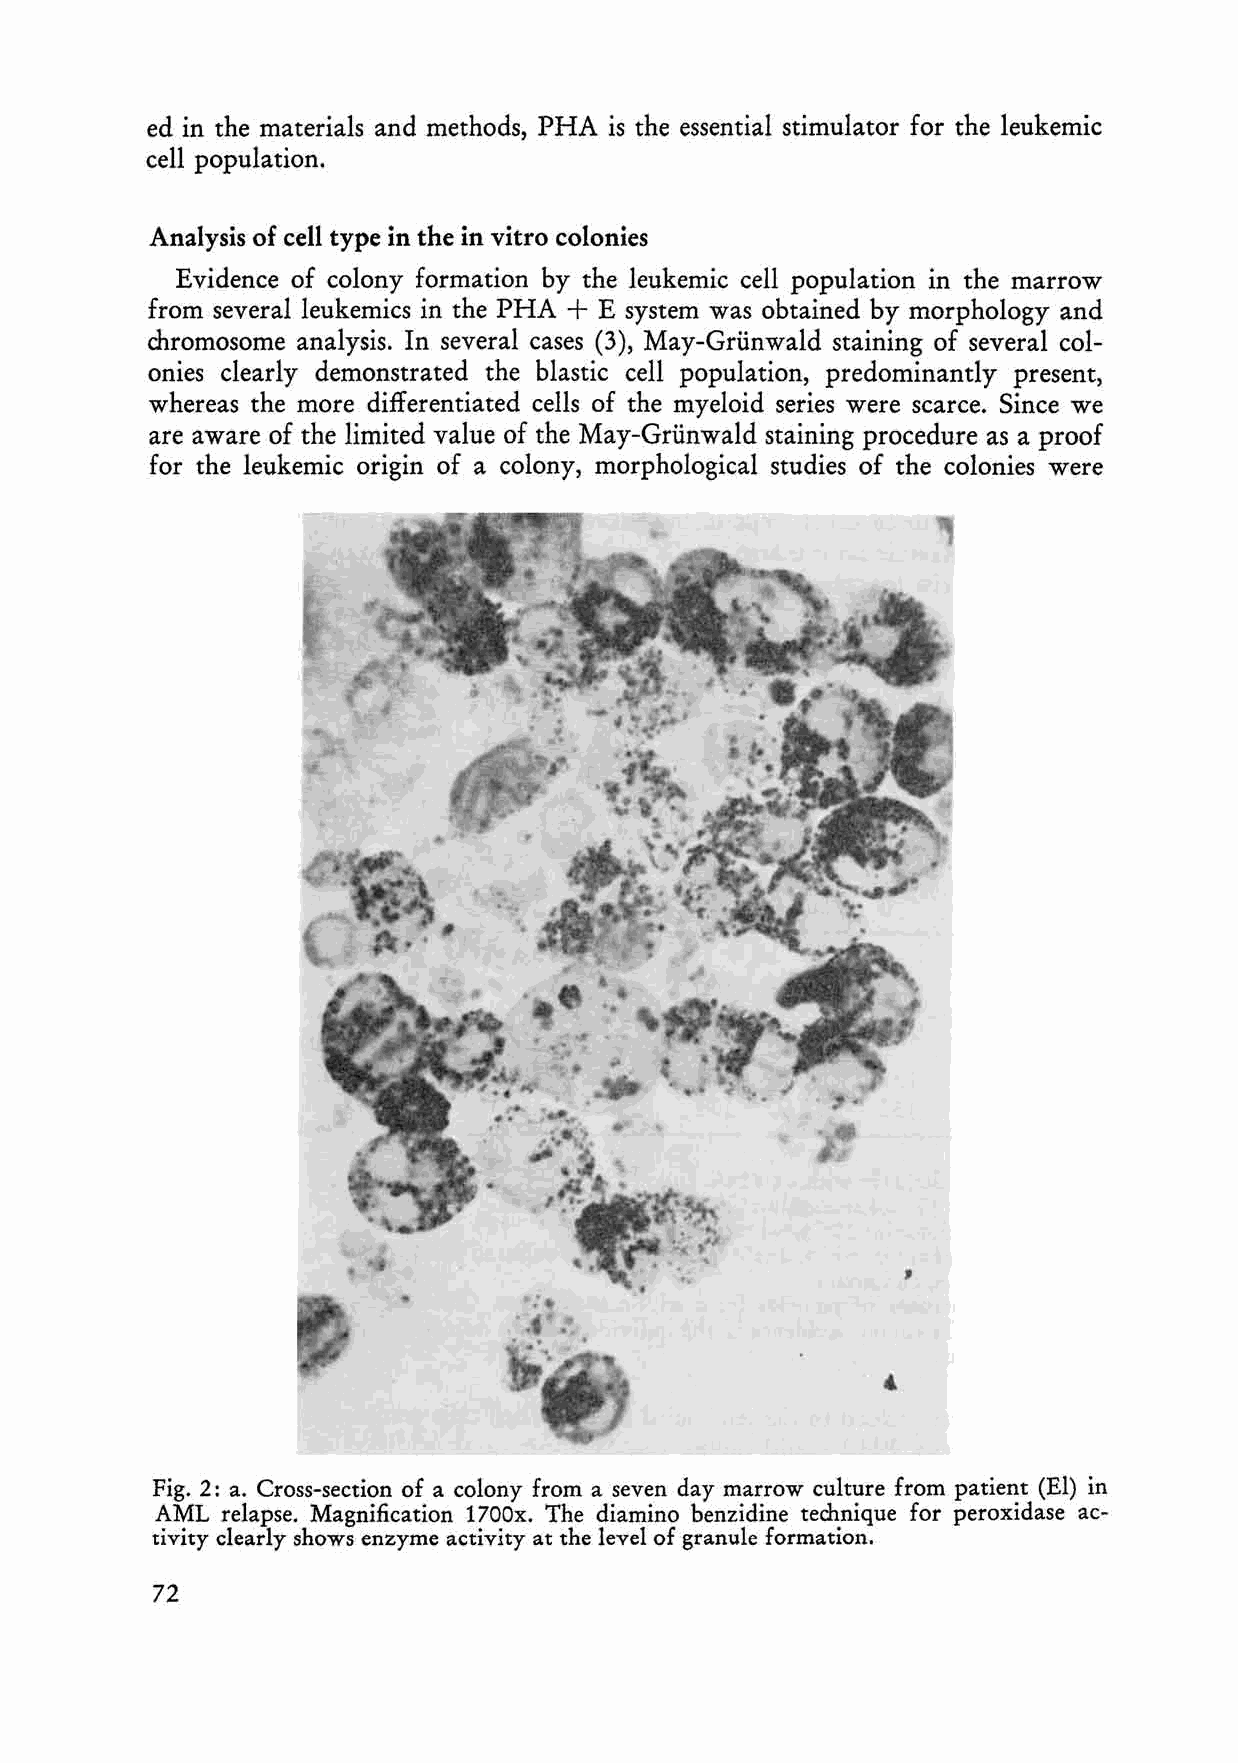
ed in the materials and methods, PHA is the essential stimulator for the leukemic
 cell population.
 Analysis of cell type in the in vitro colonies
 Evidence of eolony formation by the leukemic eell population in the marrow
 +
 from several leukemics in the PHA E system was obtained by morphology and
 chromosome analysis. In several cases (3), May-Grünwald staining of several col
 onies clearly demonstrated the blastic cell population, predominantly present,
 whereas the more differentiated cells of the myeloid series were scaree. Since we
 are aware of the limited value of the May-Grünwald staining procedure as a proof
 for the leukemic origin of a eolony, morphologie al studies of the eolonies were
 Fig. 2: a. Cross-section of a colony from a seven day marrow culture from patient (EI) in
 AML  relapse. Magnification 1700x. The diamino benzidine technique for peroxidase ac
 tivity clearly shows enzyme activity at the level of granule formation.
 72